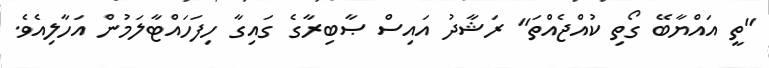
"ތީ އައްޔާބޭ ގޯތި ކުއްޖެއްތަ" ރަޝާދު އައިސް ޞާބިރާގެ ގައިގާ ހިފަހައްޓާލަމުން އަހާލިއެވެ.